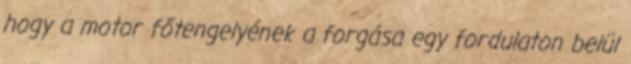
hogy a motor főtengelyének a forgása egy fordulaton belül